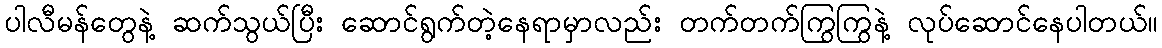
ပါလီမန်တွေနဲ့ ဆက်သွယ်ပြီး ဆောင်ရွက်တဲ့နေရာမှာလည်း တက်တက်ကြွကြွနဲ့ လုပ်ဆောင်နေပါတယ်။